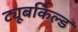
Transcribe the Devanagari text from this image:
ट्यूबर्किल्ड